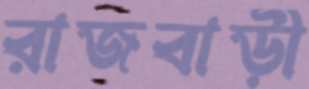
রাজবাড়ী